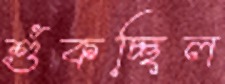
শুঁকচ্ছিল